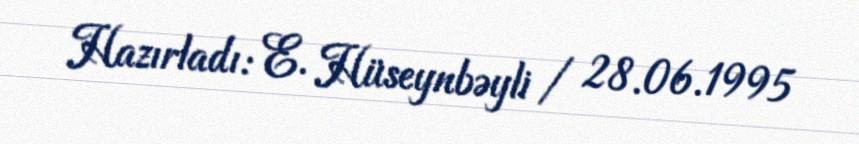
Hazırladı: E. Hüseynbəyli / 28.06.1995